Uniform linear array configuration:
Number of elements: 16
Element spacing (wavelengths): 0.25
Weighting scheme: cosine
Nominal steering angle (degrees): -15
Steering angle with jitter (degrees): -16.922
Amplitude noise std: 0.05
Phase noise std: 0.05

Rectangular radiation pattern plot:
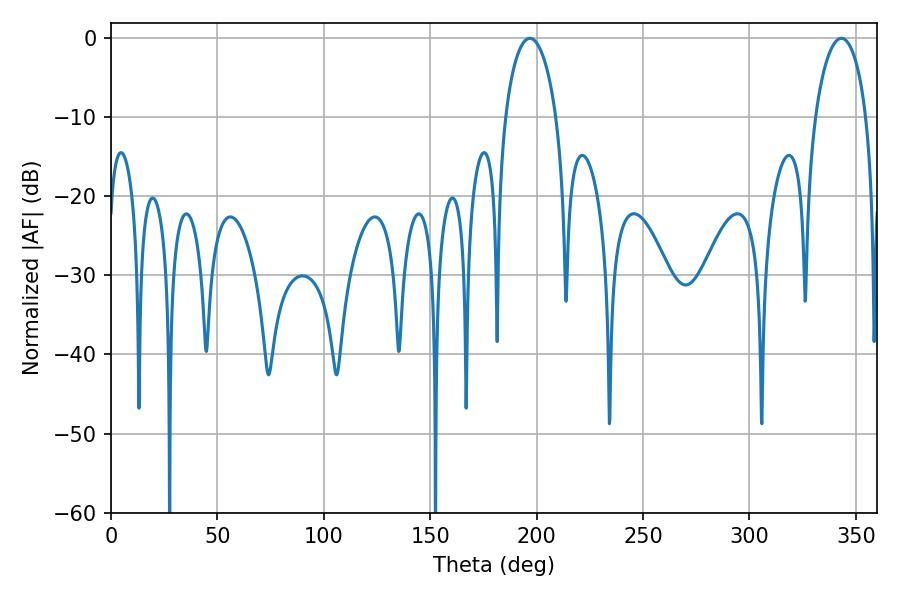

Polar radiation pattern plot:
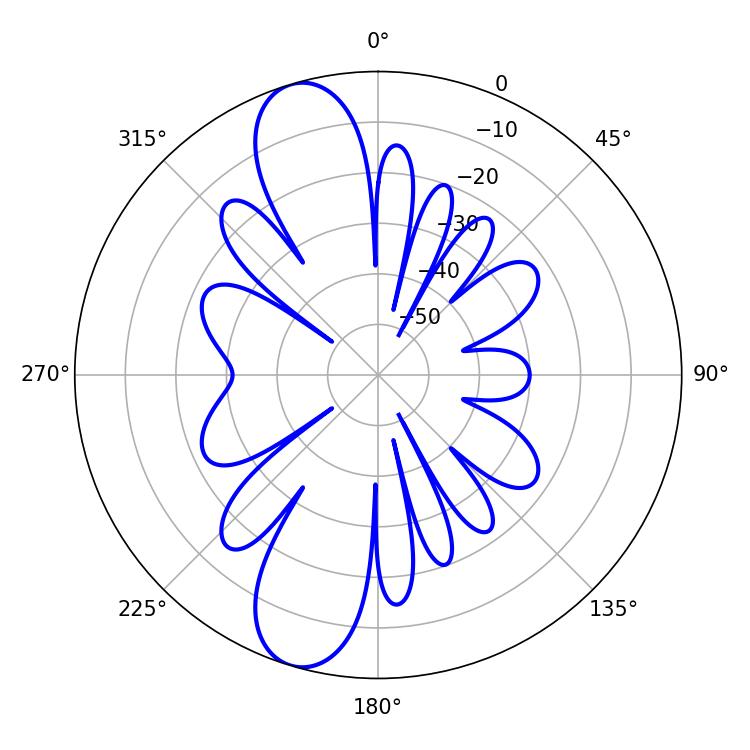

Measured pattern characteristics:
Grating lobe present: FALSE
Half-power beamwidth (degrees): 13.68
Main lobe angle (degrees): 196.74